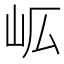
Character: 𭖅